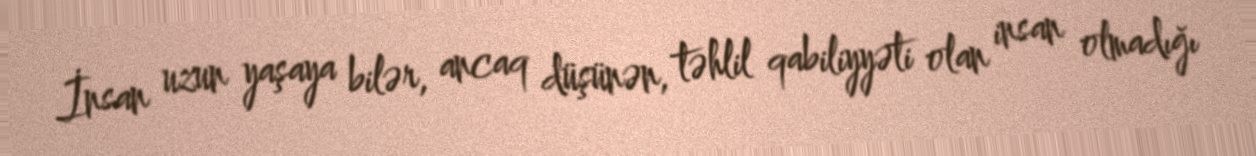
İnsan uzun yaşaya bilər, ancaq düşünən, təhlil qabiliyyəti olan insan olmadığı